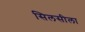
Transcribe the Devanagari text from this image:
सिलसीला